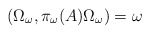
\begin{align*}\left( \Omega _{\omega },\pi _{\omega }(A)\Omega _{\omega }\right) =\omega\end{align*}